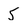
Character: 5